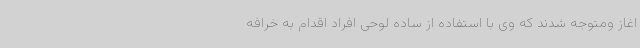
اغاز ومتوجه شدند که وی با استفاده از ساده لوحی افراد اقدام به خرافه